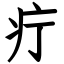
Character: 疔